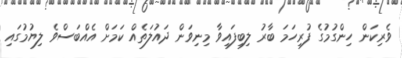
ވެރިކަން ހިންގުމުގެ ފުރިހަމަ ބާރު ލިބިފައިވާ މިނިވަން ދައުލަތެއް ކަމަށް އެއްބަސްވެ ލިޔުމުގައި